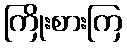
ကြိုးစားကြ